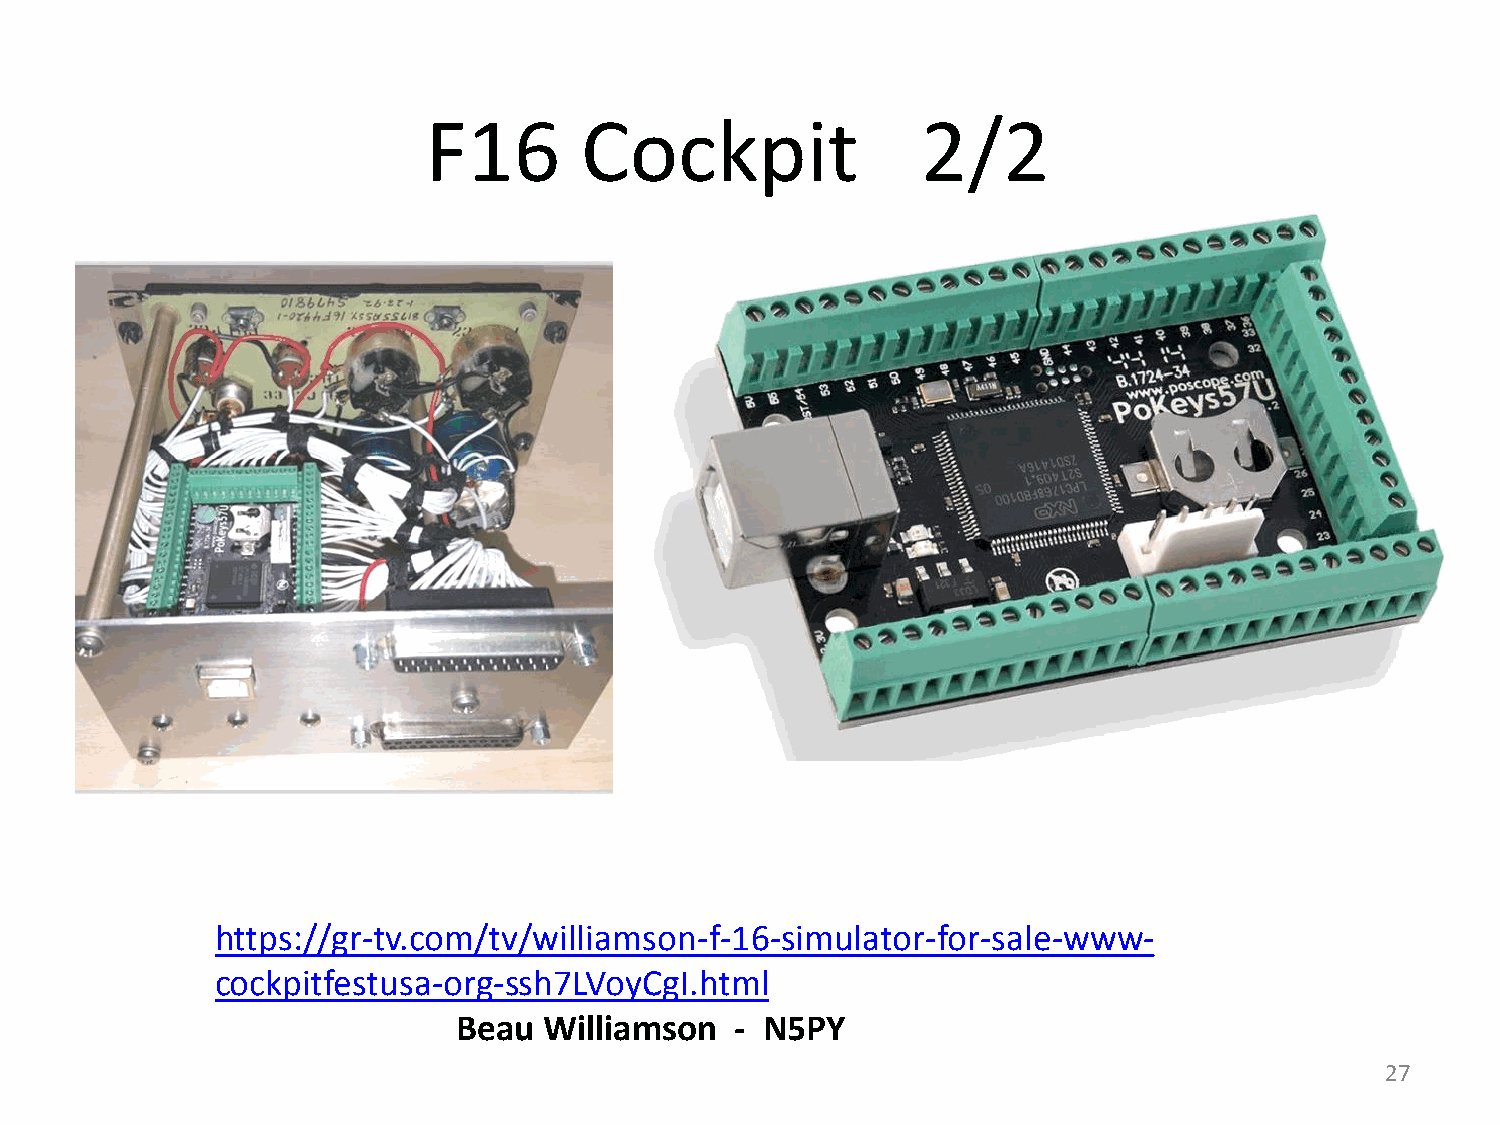
F16       Cockpit                2/2
 https://gr-tv.com/tv/williamson-f-16-simulator-for-sale-www-
 cockpitfestusa-org-ssh7LVoyCgI.html
 Beau  Williamson   - N5PY
 27